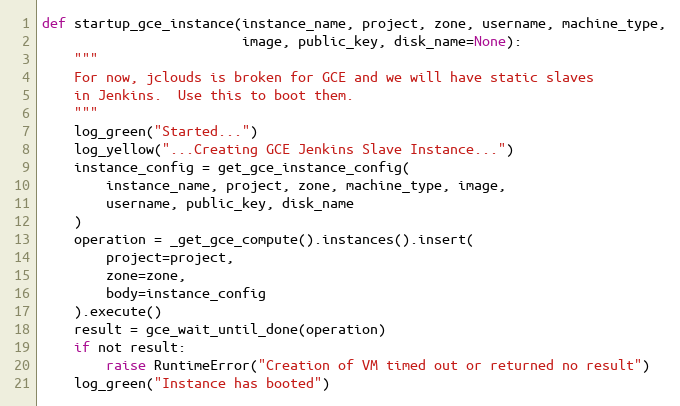
Language: Python
def startup_gce_instance(instance_name, project, zone, username, machine_type,
                         image, public_key, disk_name=None):
    """
    For now, jclouds is broken for GCE and we will have static slaves
    in Jenkins.  Use this to boot them.
    """
    log_green("Started...")
    log_yellow("...Creating GCE Jenkins Slave Instance...")
    instance_config = get_gce_instance_config(
        instance_name, project, zone, machine_type, image,
        username, public_key, disk_name
    )
    operation = _get_gce_compute().instances().insert(
        project=project,
        zone=zone,
        body=instance_config
    ).execute()
    result = gce_wait_until_done(operation)
    if not result:
        raise RuntimeError("Creation of VM timed out or returned no result")
    log_green("Instance has booted")